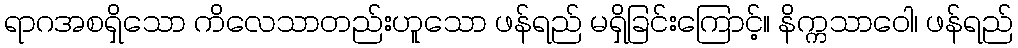
ရာဂအစရှိသော ကိလေသာတည်းဟူသော ဖန်ရည် မရှိခြင်းကြောင့်။ နိက္ကသာဝေါ၊ ဖန်ရည်